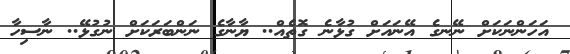
އަހަންނަކަށް ނޭނގެ އޭނައަށް ގުޅާނެ ގޮތެއް.. ޔާނާގެ ނަންބަރަކަށް ނުގުޅޭ.. ނާސިހާ